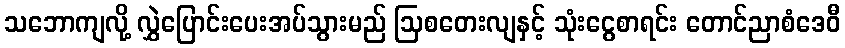
သဘောကျလို့ လွှဲပြောင်းပေးအပ်သွားမည် ဩစတေးလျနှင့် သုံးငွေစာရင်း တောင်ညာစံဒေဝီ